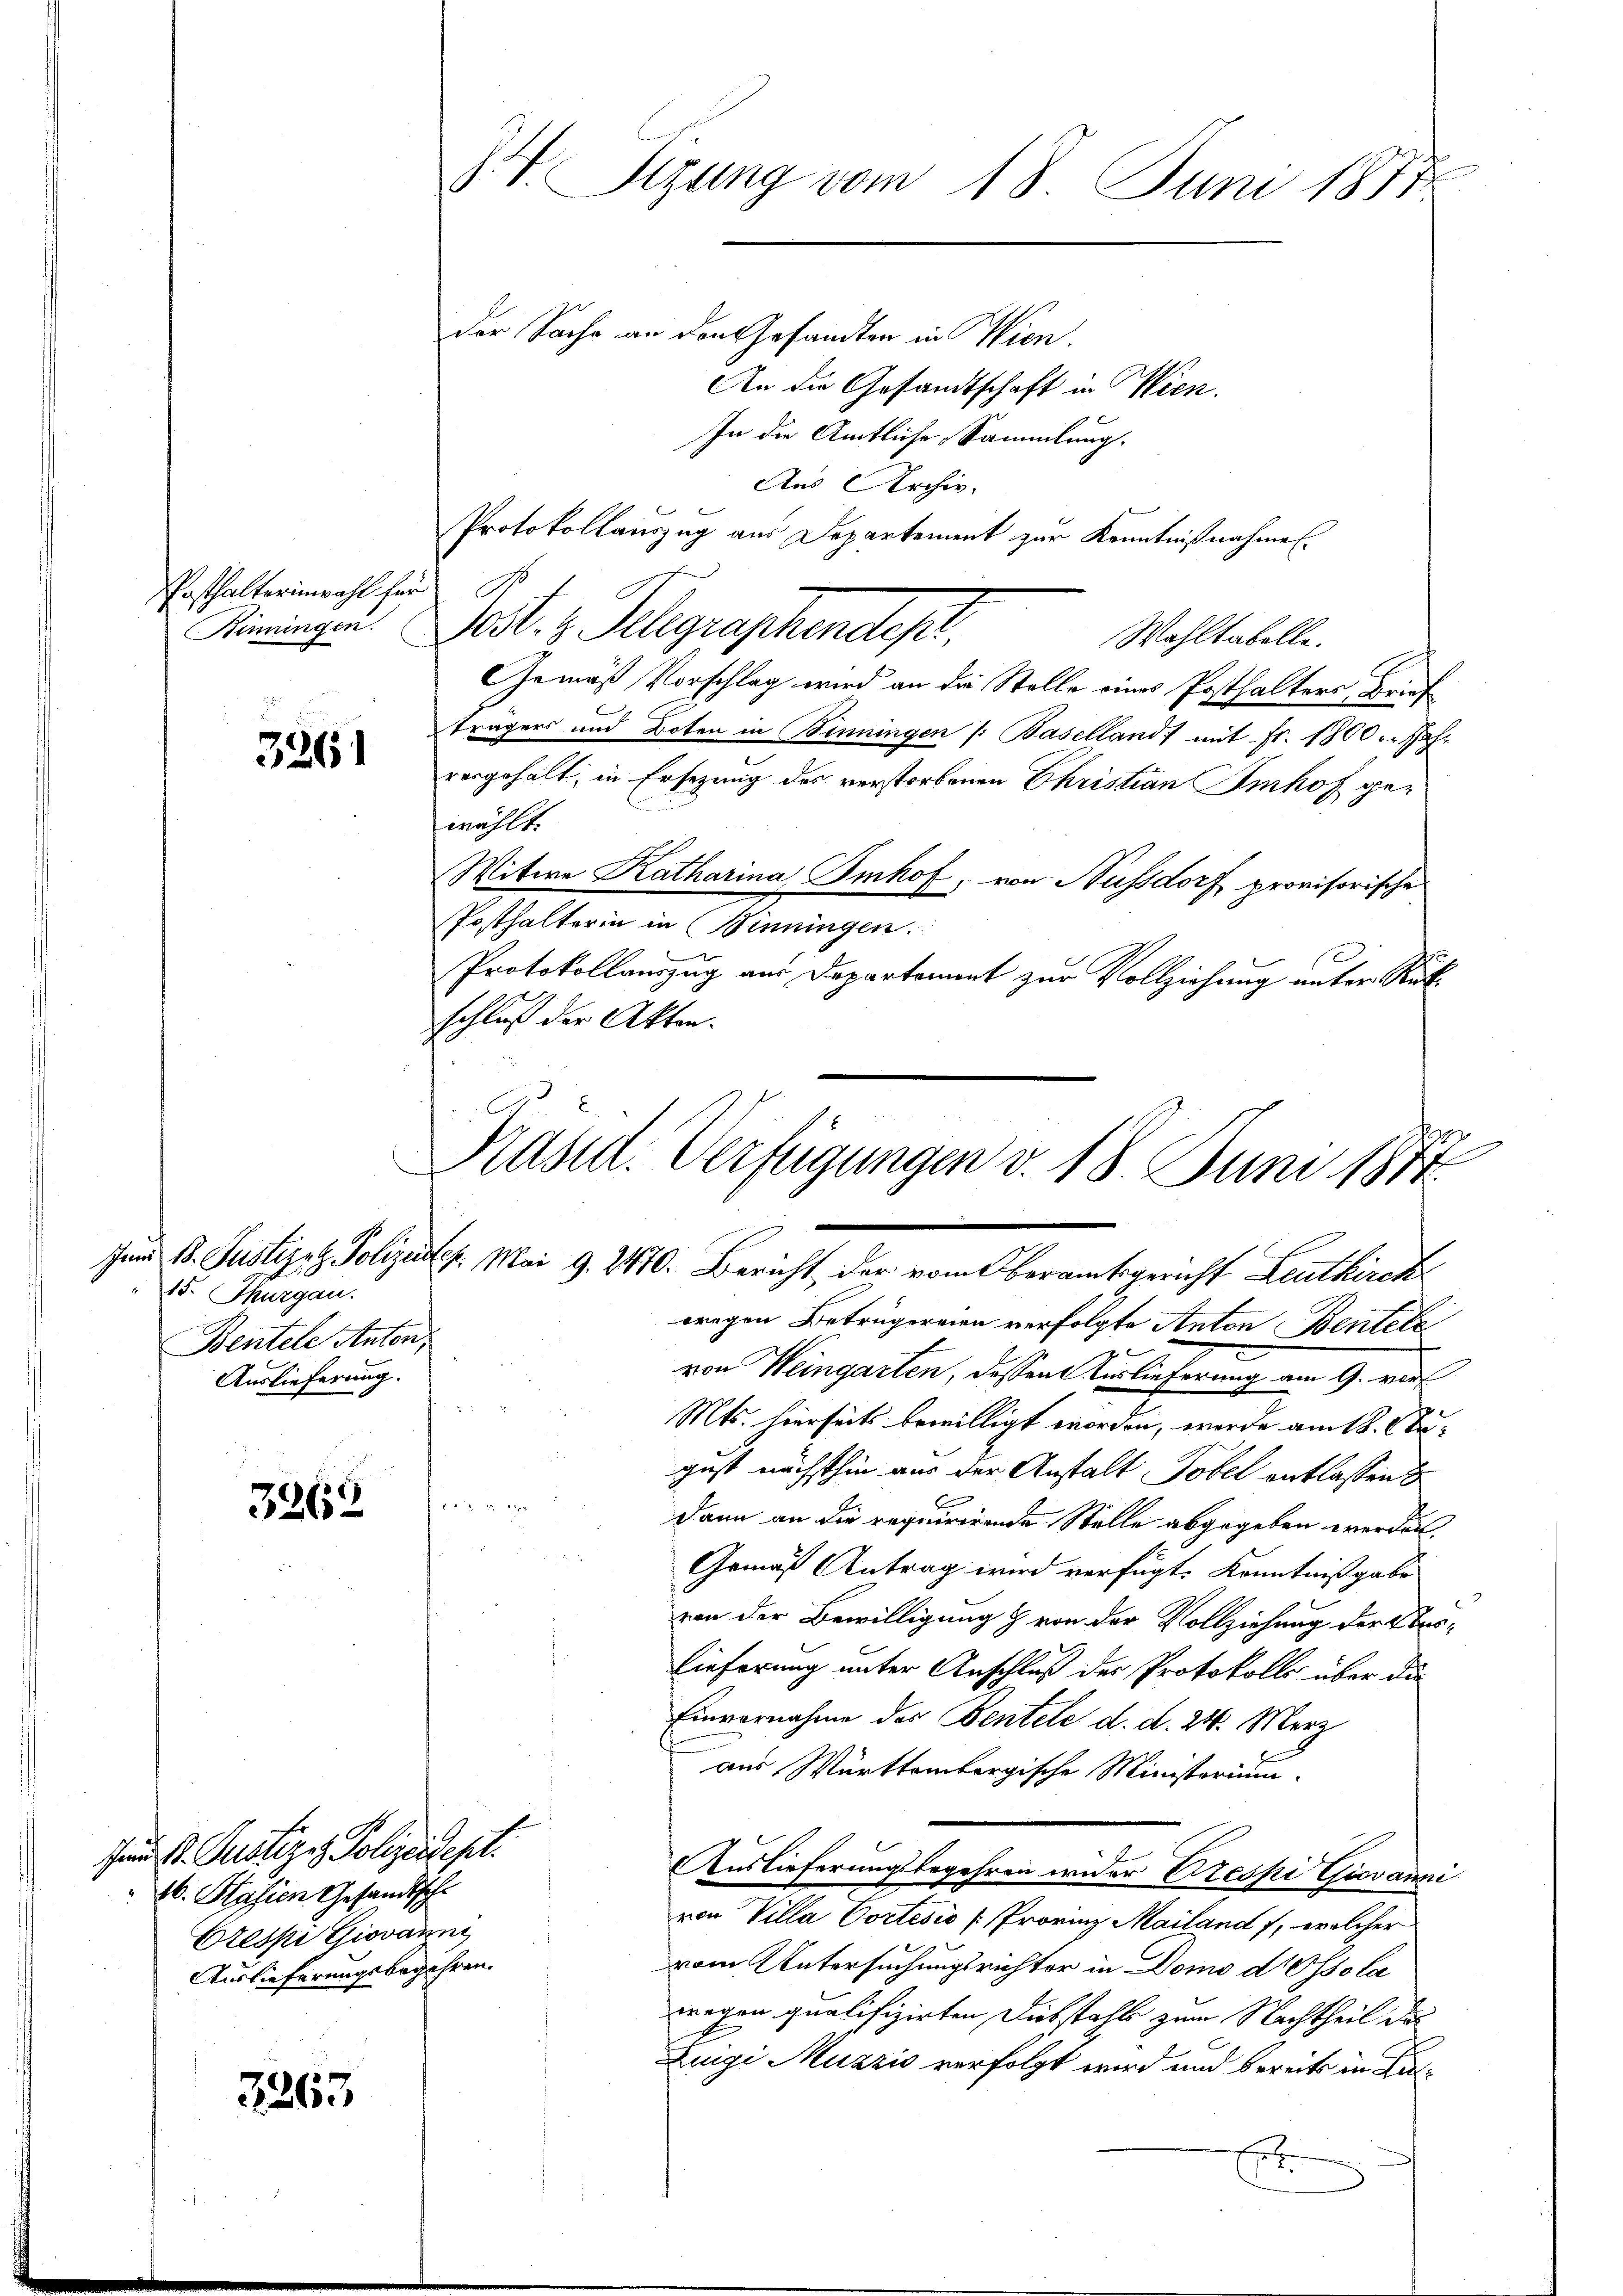
Posthalterin wahl für
Kinningen.

3261

15. Thurgau.
Bentele Anton,
Auslieferung.

3265

der Sache an den Gesandten in Wien.
An die Gesandtschaft in Wien.
In die Amtliche Sammlung.
Aas Archiv.
Protokollauszug aus Departement zur Kenntnißnahme
Vest. I. Pelegraphendet.
Wahltabelle.
Gemäß Vorschlag wird an die Stelle eines Posthalters Brief
Trägers und Boten in Binningen /: Baselland mit Fr. 1800 u. Jahr
vergehalt, in Ersezung des verstorbenen Christian Imhof gemählt.
Witwe Katharina Imhof, von Nussdorf provisorische
Posthalterin in inningen.
Protokollauszug am Departement zur Vollziehung unter Rükschluß der Akten.

Jun Dr. Justizit Polizeidept.
A. Kasien Gesandtsch
Erespi Giovanni
Auslieferungsbegehren.

3263

T. Sizung vom 18. Juni 1877

17
Käsid. Verfügungen v. 18. Juni 1814.
Jun 1. Justizet Polizeister. Mai G. 2470. Bericht der vom Oberamtsgericht Leuthirek

wegen Betrügereien verfolgte Anton Bentele
g
von Weingarten, dessen Verlieferung am 9. vor
Mts. hierseits bewilligt worden, werde am 18. August nächsthin aus der Anstalt Tobel entlassen
hin
dann an die requirirende Stelle abgegeben werden
u
Gemäß Antrag wird verfügt: Kenntnißgabe
von der Bewilligung & von der Vollziehung der Prolieferung unter Anschluß der Protokolls über die
Einvernahme des Bentele d. d. 24. Merz
aus Württembergische Ministerium
Auslieferungsbegehren wider Crespi Guvanni
von Villa Cortesio (Provinz Mailand f, welcher
vom Untersuchungsrichter in Domo d. Osso la
wegen qualifizirten Diebstahls zum Nachtheil des
Luigi Muzzis verfolgt wird und bereits in Ku¬
B